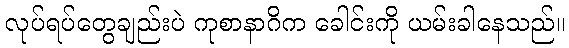
လုပ်ရပ်တွေချည်းပဲ ကုစာနာဂိက ခေါင်းကို ယမ်းခါနေသည်။